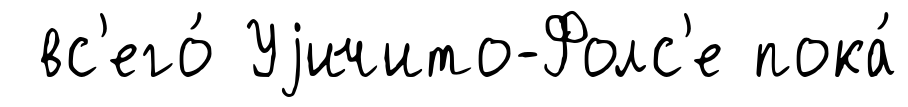
вс'его́ Уjичито-Фолс'е пока́